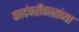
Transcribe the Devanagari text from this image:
कादंबरीकारांच्या